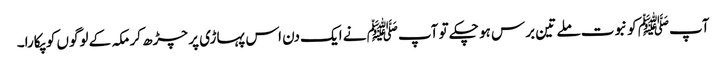
آپﷺ کو نبوت ملے تین برس ہو چکے تو آپﷺ نے ایک دن اس پہاڑی پر چڑھ کر مکہ کے لوگوں کو پکارا۔